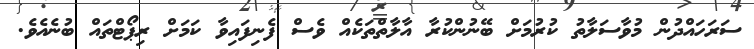
ސަރަހައްދުން މުވާސަލާތު ކުރުމަށް ބޭނުންކުރާ އާލާތްތަކެއް ވެސް ފެނިފައިވާ ކަމަށް ރިޕޯޓްތައް ބުނެއެވެ.